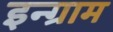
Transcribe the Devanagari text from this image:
इन्ग्राम